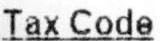
TAX CODE